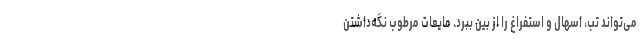
می‌تواند تب، اسهال و استفراغ را از بین ببرد. مایعات مرطوب نگه‌داشتن